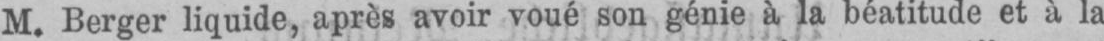
M. Berger liquide, après avoir voué son génie à la béatitude et à la